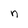
Character: n